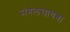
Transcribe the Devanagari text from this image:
मंगलसाधना